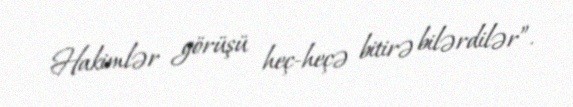
Hakimlər görüşü heç-heçə bitirə bilərdilər”.